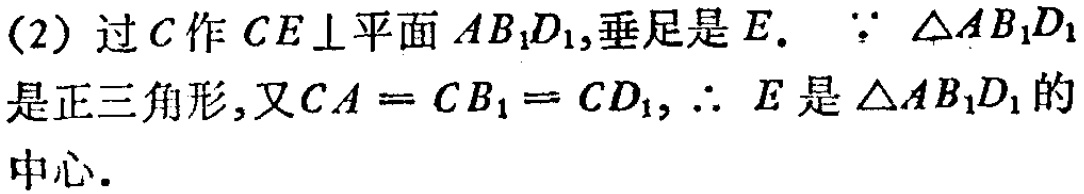
(2) 过\(C\)作\(CE\perp\)平面\(AB_{1}D_{1}\),垂足是\(E\).  \(\because \triangle AB_{1}D_{1}\)是正三角形,又\(CA = CB_{1}= CD_{1}\), \(\therefore E\)是\(\triangle AB_{1}D_{1}\)的中心.